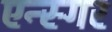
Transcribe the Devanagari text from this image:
एन्स्गर